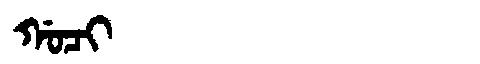
Manchu: ᡤᠣᠴᡳ
Romanization: GOCI